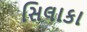
સિલાકા